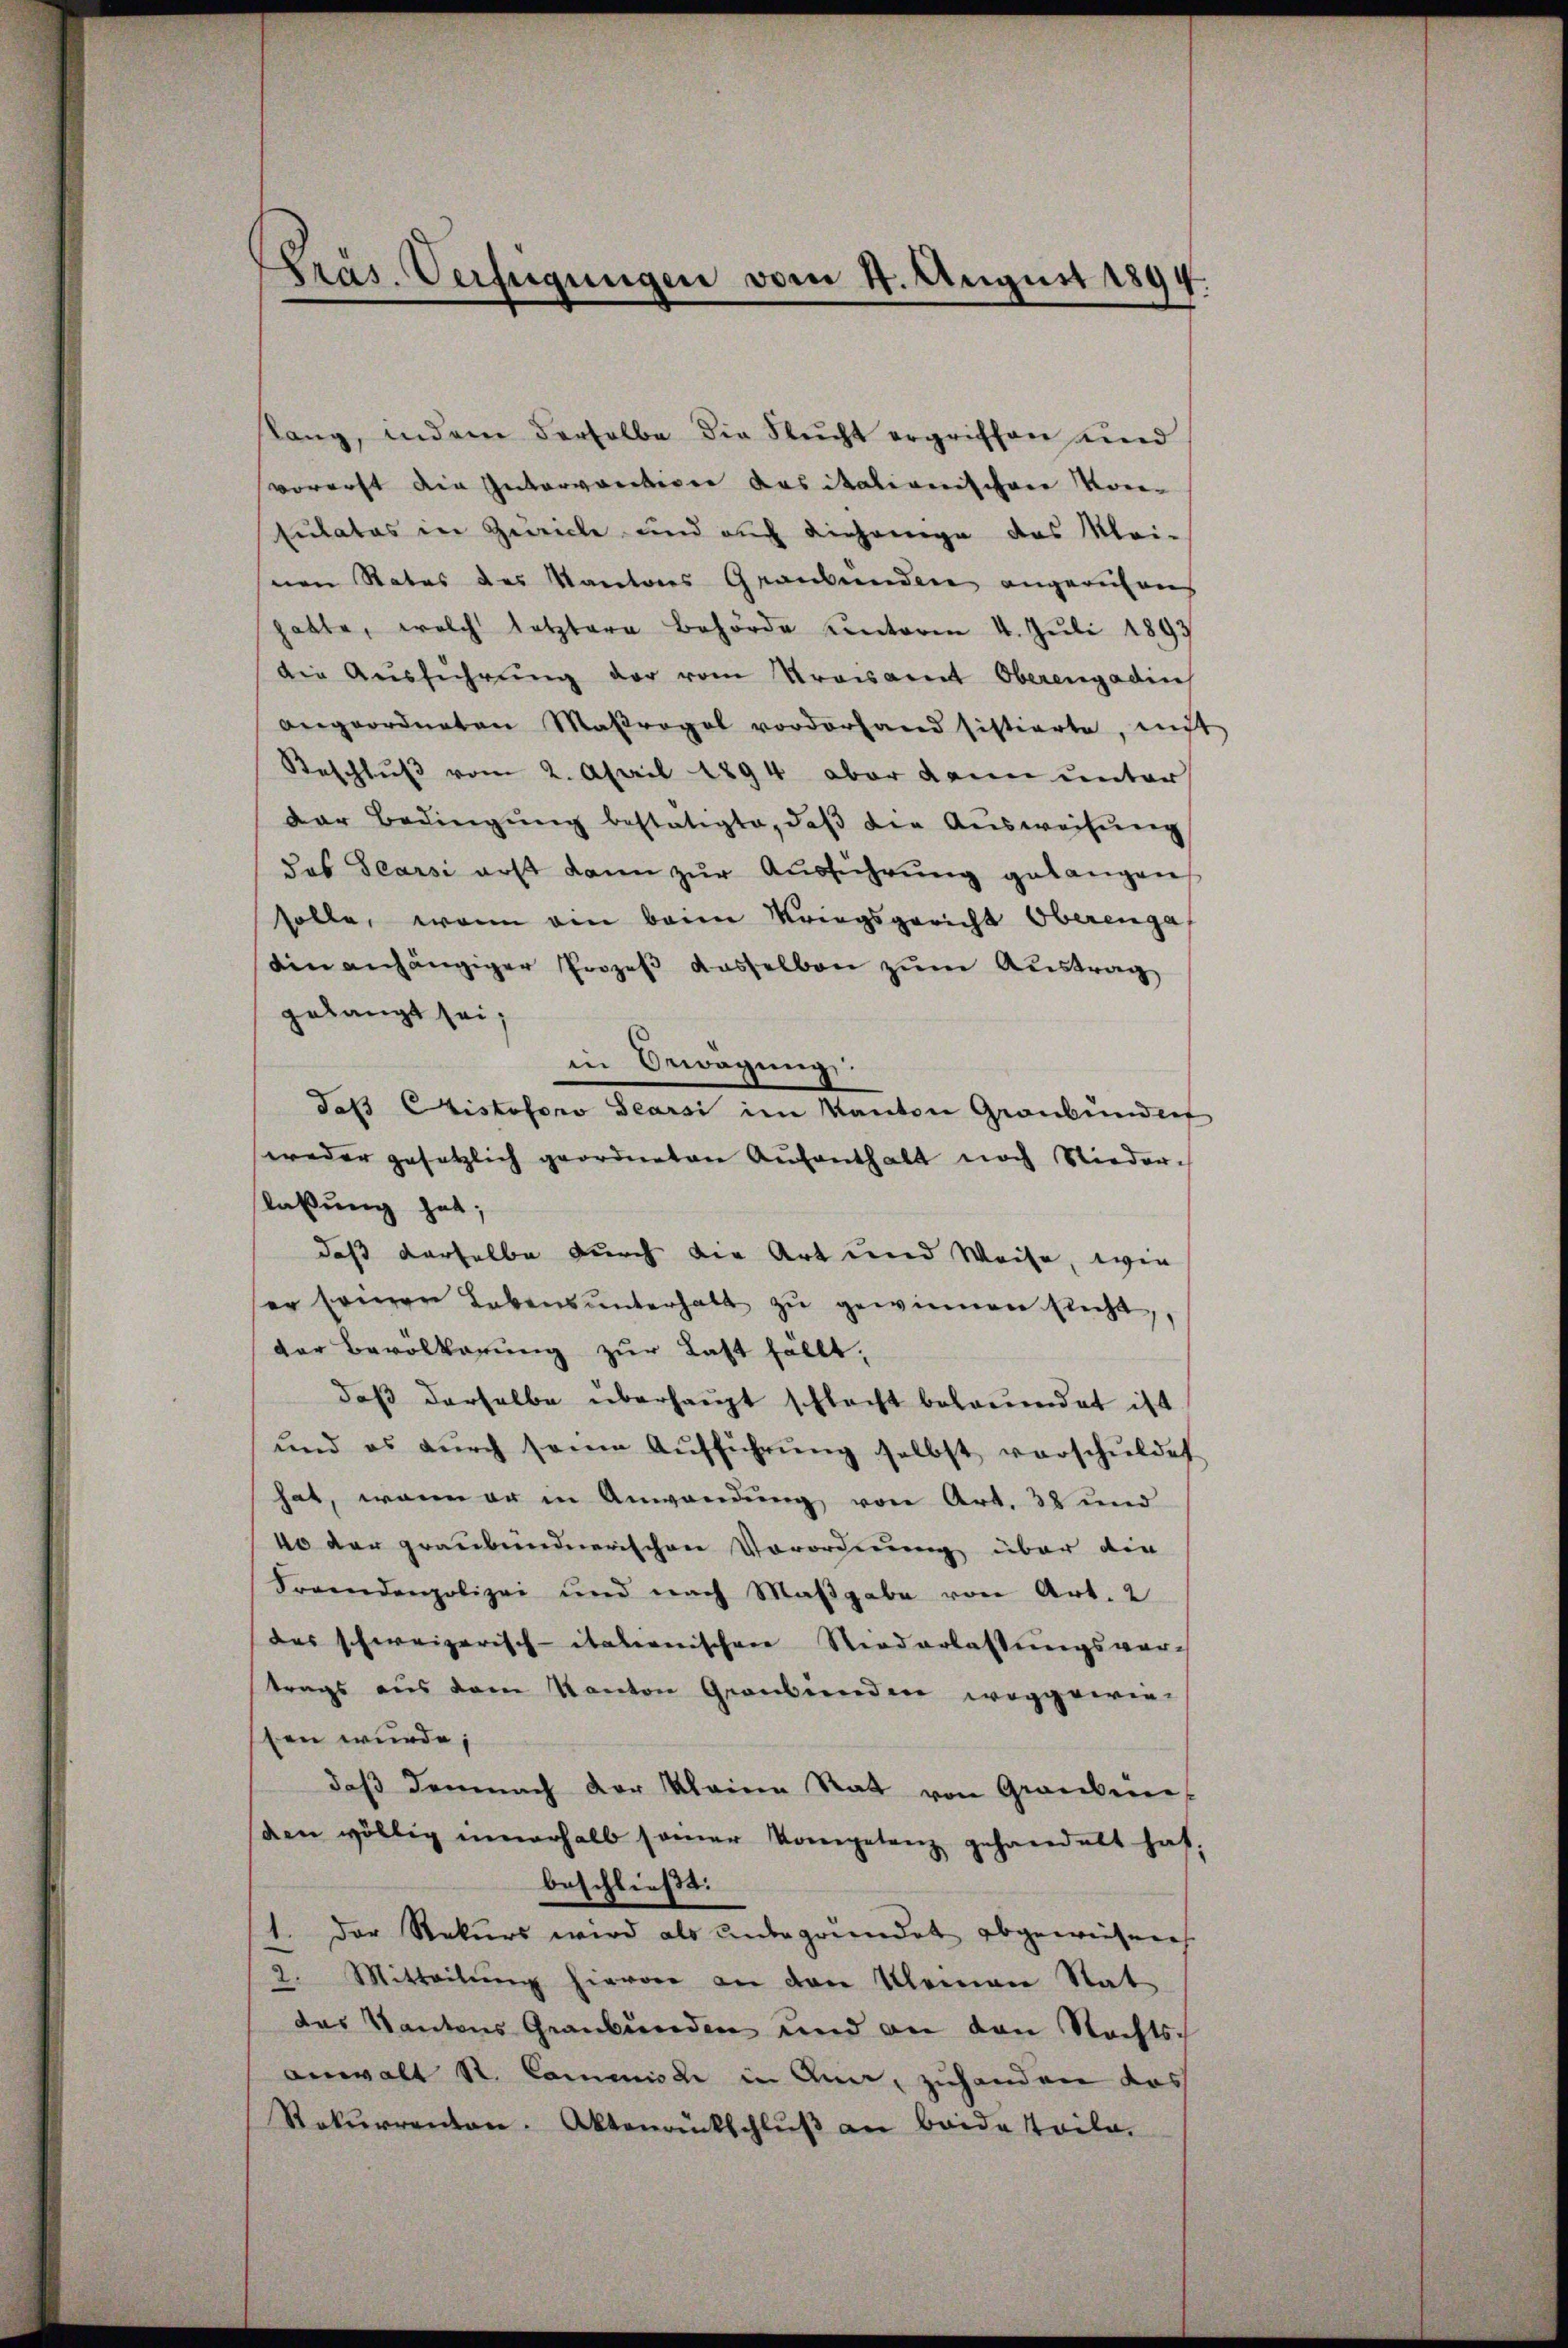
Präs. Verfügungen vom 4. August 1894
4

slang, indem derselbe die Flucht ergriffen und
vorerst die Intervortion das italionischen Kon¬
Eutatos in Zeiche und auch diejenige das Klei-
snen Rates des Kantons Graubünden angerufens
hatte, welch letztere Behörde unterm 4. Juli 1893
die Aŭsführŭng der vom Kreisamt Oberengadin
angeordneten Maβrogel vorderhand sistierte, nicht
Beschlŭβ vom 2. April 1894 aber dann unter
der Bedingŭng bestätigte, daβ die Aŭsweisŭng
das Tearsi erst dann zŭr Aŭsführŭng gelangen
solle, wenn ein beim Kriegsgericht Oberenga
ein anhängiger Prozeß dasselben zum Austrag
gelangt sei;
in Bewegung.
daß Disposer Gener im Kanton Graubündig
weder gesetzlich geordneten Aufenthalt noch Nieder-
laßung hat;
daß derselbe durch die Art und Weise, wie
er seinen Lebens ŭnterhalt zŭ gewinnen sucht,
der Bevolkerung zur Last fällt.
daβ derselbe überhaupt schlacht belandat ist
und es dŭrch seine Aŭfführŭng selbst verschuldet
hat, wenn er in Anwendung von Art. 38 und
40 der graubündnerischen Vorordnung über die
Fremdenpolizei und nach Maßgabe von Art. 2
das schweizerisch-itationischen Niederlassungsver-
trags aus dem Kanton Graubünden weggewiesen wurde;
daß demnach der Kleine Rat von Grankeine
den völlig innerhalb samer Kompetenz gehandelt hat.
beschließt:
1. Der Rekurs wird als unbegründet abgewiesenes
2. Mitteilŭng hievon an den Kleinen Stat
das Kantons Graubünden und an den Nachts-
anwalt R. Commisse in Ana, zuhanden das
Rekŭrrenten. Aktenrückschlŭβ an beide Teile.